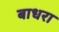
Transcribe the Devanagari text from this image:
बाधरा